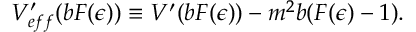
V _ { e f f } ^ { \prime } ( b F ( \epsilon ) ) \equiv V ^ { \prime } ( b F ( \epsilon ) ) - m ^ { 2 } b ( F ( \epsilon ) - 1 ) .